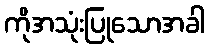
ကိုအသုံးပြုသောအခါ